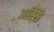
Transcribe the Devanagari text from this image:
अस्सि